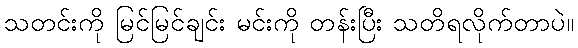
သတင်းကို မြင်မြင်ချင်း မင်းကို တန်းပြီး သတိရလိုက်တာပဲ။